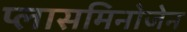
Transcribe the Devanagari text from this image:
प्लासमिनोजेन